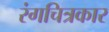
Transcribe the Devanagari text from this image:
रंगचित्रकार